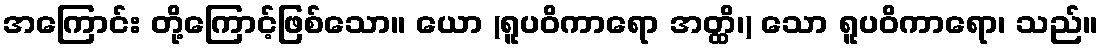
အကြောင်း တို့ကြောင့်ဖြစ်သော။ ယော (ရူပဝိကာရော အတ္ထိ၊) သော ရူပဝိကာရော၊ သည်။